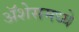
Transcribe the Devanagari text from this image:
ॲशेसमध्ये